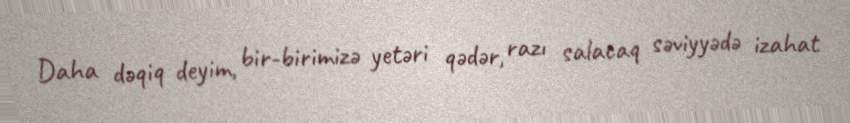
Daha dəqiq deyim, bir-birimizə yetəri qədər, razı salacaq səviyyədə izahat